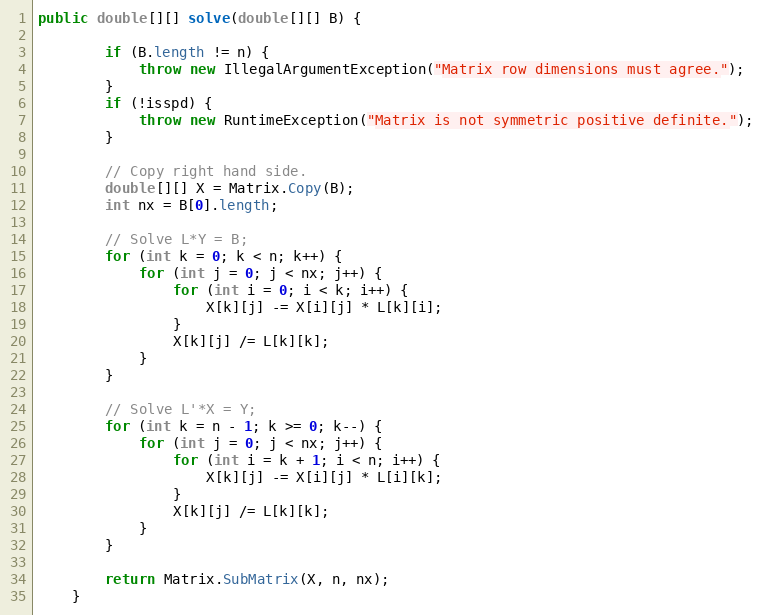
Language: Java
public double[][] solve(double[][] B) {

        if (B.length != n) {
            throw new IllegalArgumentException("Matrix row dimensions must agree.");
        }
        if (!isspd) {
            throw new RuntimeException("Matrix is not symmetric positive definite.");
        }

        // Copy right hand side.
        double[][] X = Matrix.Copy(B);
        int nx = B[0].length;

        // Solve L*Y = B;
        for (int k = 0; k < n; k++) {
            for (int j = 0; j < nx; j++) {
                for (int i = 0; i < k; i++) {
                    X[k][j] -= X[i][j] * L[k][i];
                }
                X[k][j] /= L[k][k];
            }
        }

        // Solve L'*X = Y;
        for (int k = n - 1; k >= 0; k--) {
            for (int j = 0; j < nx; j++) {
                for (int i = k + 1; i < n; i++) {
                    X[k][j] -= X[i][j] * L[i][k];
                }
                X[k][j] /= L[k][k];
            }
        }

        return Matrix.SubMatrix(X, n, nx);
    }